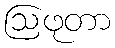
ဩဖုတာ